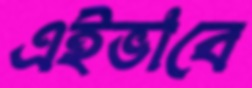
এইভাবে